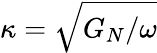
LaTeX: \kappa={\sqrt{G_{N}/\omega}}